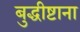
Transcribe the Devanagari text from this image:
बुद्धीष्टाना